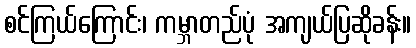
စင်ကြယ်ကြောင်း၊ ကမ္ဘာတည်ပုံ အကျယ်ပြဆိုခန်း။